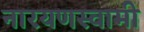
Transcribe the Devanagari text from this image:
नारयणस्वामी